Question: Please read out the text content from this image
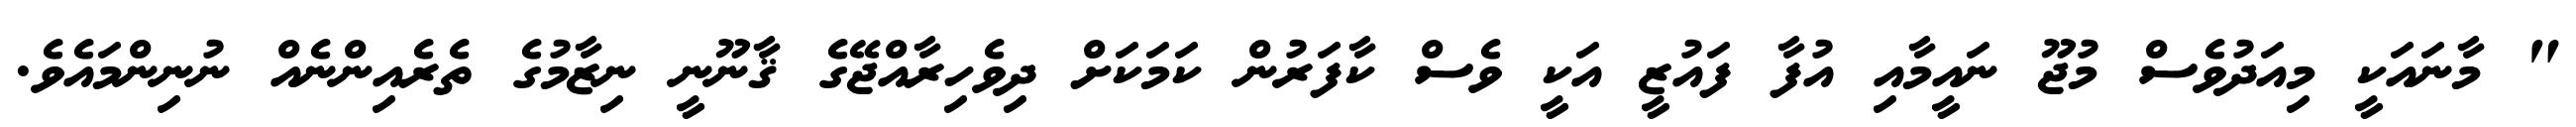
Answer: " މާނައަކީ މިއަދުވެސް މުޖޫ ނައީމާއި އުފާ ފައުޒީ އަކީ ވެސް ކާފަރުން ކަމަކަށް ދިވެހިރާއްޖޭގެ ޤާނޫނީ ނިޒާމުގެ ތެރެއިންނެއް ނުނިންމައެވެ.